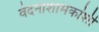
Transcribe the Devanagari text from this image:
वेदनाशामकांशी